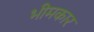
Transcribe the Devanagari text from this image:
भीमकार